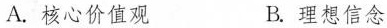
A.核心价值观 B.理想信念